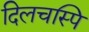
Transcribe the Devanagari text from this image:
दिलचस्पि